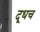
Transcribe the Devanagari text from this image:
दूधच